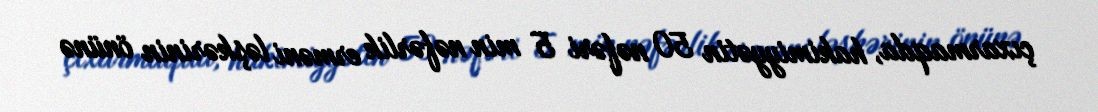
çıxarmaqda, hakimiyyətin 50 nəfəri 5 min nəfərlik erməni ləşkərinin önünə